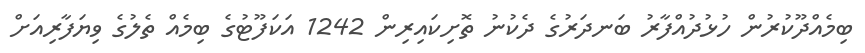
ބިމެއްދޫކުރުން ހުޅުދުއްފާރު ބަނދަރުގެ ދެކުނު ތޮށިކައިރިން 1242 އަކަފޫޓުގެ ބިމެއް ތެލުގެ ވިޔަފާރިއަށް